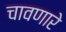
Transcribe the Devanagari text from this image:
चावणारे